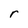
Character: r